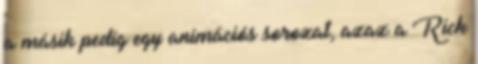
a másik pedig egy animációs sorozat, azaz a Rick